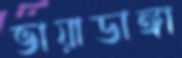
ভায়াডাঙ্গা